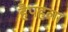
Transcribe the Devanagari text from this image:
हैपहला